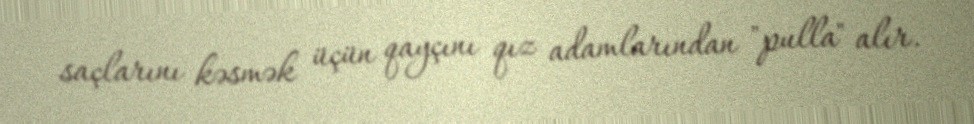
saçlarını kəsmək üçün qayçını qız adamlarından "pulla" alır.